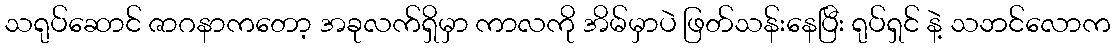
သရုပ်ဆောင် ဇာဂနာကတော့ အခုလက်ရှိမှာ ကာလကို အိမ်မှာပဲ ဖြတ်သန်းနေပြီး ရုပ်ရှင် နဲ့ သဘင်လောက